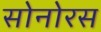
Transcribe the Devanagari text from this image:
सोनोरस